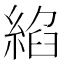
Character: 𦁵